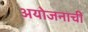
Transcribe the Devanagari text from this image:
अयोजनाची